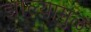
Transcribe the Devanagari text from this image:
झाल्यामुळं